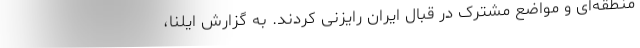
منطقه‌ای و مواضع مشترک در قبال ایران رایزنی کردند. به گزارش ایلنا،